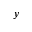
y